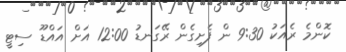
ކޮންމެ ރެއަކު 9:30 ން ފެށިގެން ރޭގަނޑު 12:00 އަށް އައްޑޫ ސިޓީ